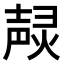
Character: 𤍌